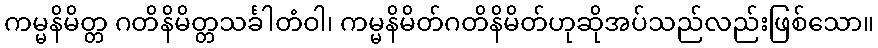
ကမ္မနိမိတ္တ ဂတိနိမိတ္တသင်္ခါတံဝါ၊ ကမ္မနိမိတ်ဂတိနိမိတ်ဟုဆိုအပ်သည်လည်းဖြစ်သော။